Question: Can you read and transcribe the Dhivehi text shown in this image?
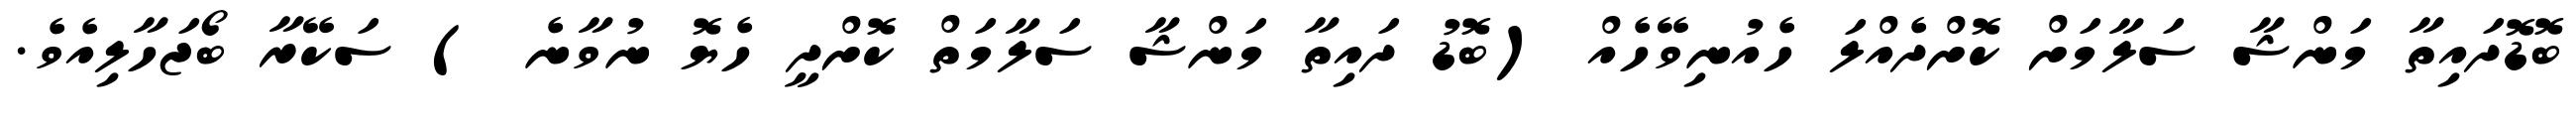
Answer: ބޮޑޮދައިތާ މަންޝާ ސަލާމަށް ކޮށްދެއްލަ ހެއުނިވޭހެއް (ބޮޑު ދައިތާ މަންޝާ ސަލާމަތް ކޮށްދީ ހެޔޮ ނުވާނެ ) ސަކޭރާ ބޯޖަހާލިއެވެ.